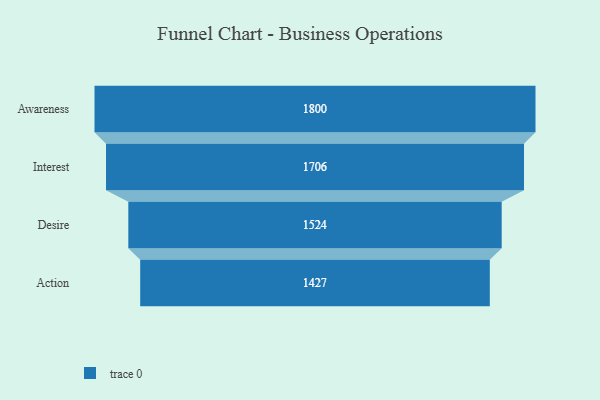
{"axis": {"x": "Stage", "y": "Value"}, "legend": [""], "data": [{"x": "Awareness", "y": 1800.0, "type": ""}, {"x": "Interest", "y": 1706.0, "type": ""}, {"x": "Desire", "y": 1524.0, "type": ""}, {"x": "Action", "y": 1427.0, "type": ""}]}